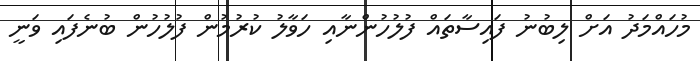
މުހައްމަދު އަށް ލިބުނު ފައިސާތައް ފުލުހުންނާއި ހަވާލު ކުރުމުން ފުލުހުން ބުނެފައި ވަނީ